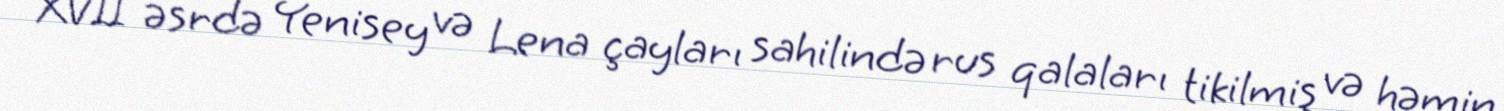
XVII əsrdə Yenisey və Lena çayları sahilində rus qalaları tikilmiş və həmin